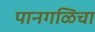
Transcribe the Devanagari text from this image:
पानगळिचा